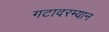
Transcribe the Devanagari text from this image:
गटादरम्यान